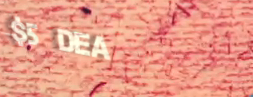
$5 DEAL